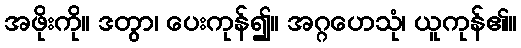
အဖိုးကို။ ဒတွာ၊ ပေးကုန်၍။ အဂ္ဂဟေသုံ၊ ယူကုန်၏။